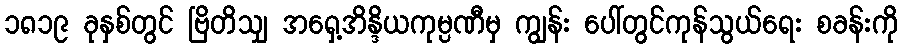
၁၈၁၉ ခုနှစ်တွင် ဗြိတိသျှ အရှေ့အိန္ဒိယကုမ္ပဏီမှ ကျွန်း ပေါ်တွင်ကုန်သွယ်ရေး စခန်းကို